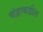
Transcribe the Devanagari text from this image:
चंद्राकडील